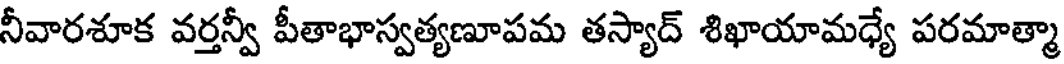
నీవారశూక వర్తన్వీ పీతాభాస్వత్యణూపమ తస్యాద్ శిఖాయామధ్యే పరమాత్మా